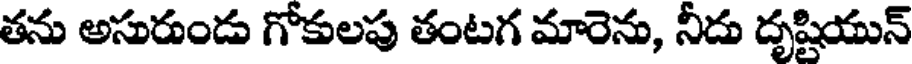
తను అసురుండు గోకులపు తంటగ మారెను, నీదు దృష్టియున్